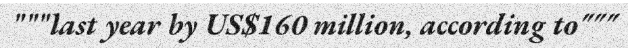
"""last year by US$160 million, according to"""